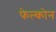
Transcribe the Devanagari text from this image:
फेल्कोन